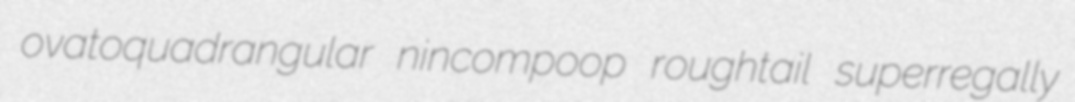
ovatoquadrangular nincompoop roughtail superregally